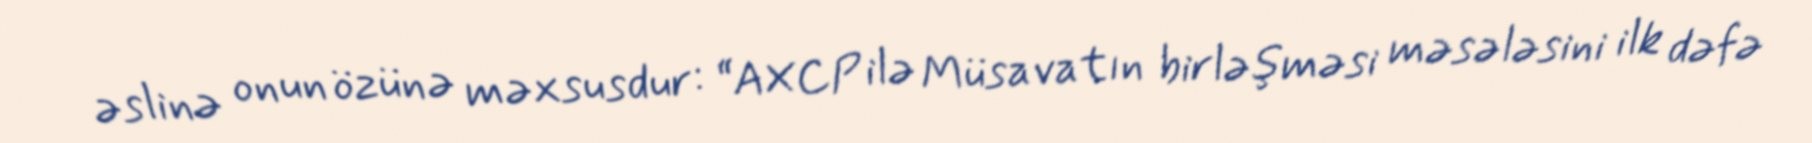
əslinə onun özünə məxsusdur: “AXCP ilə Müsavatın birləşməsi məsələsini ilk dəfə